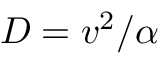
D = v ^ { 2 } / \alpha